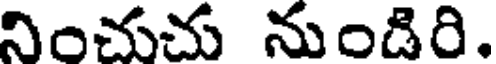
నించుచు నుండిరి.